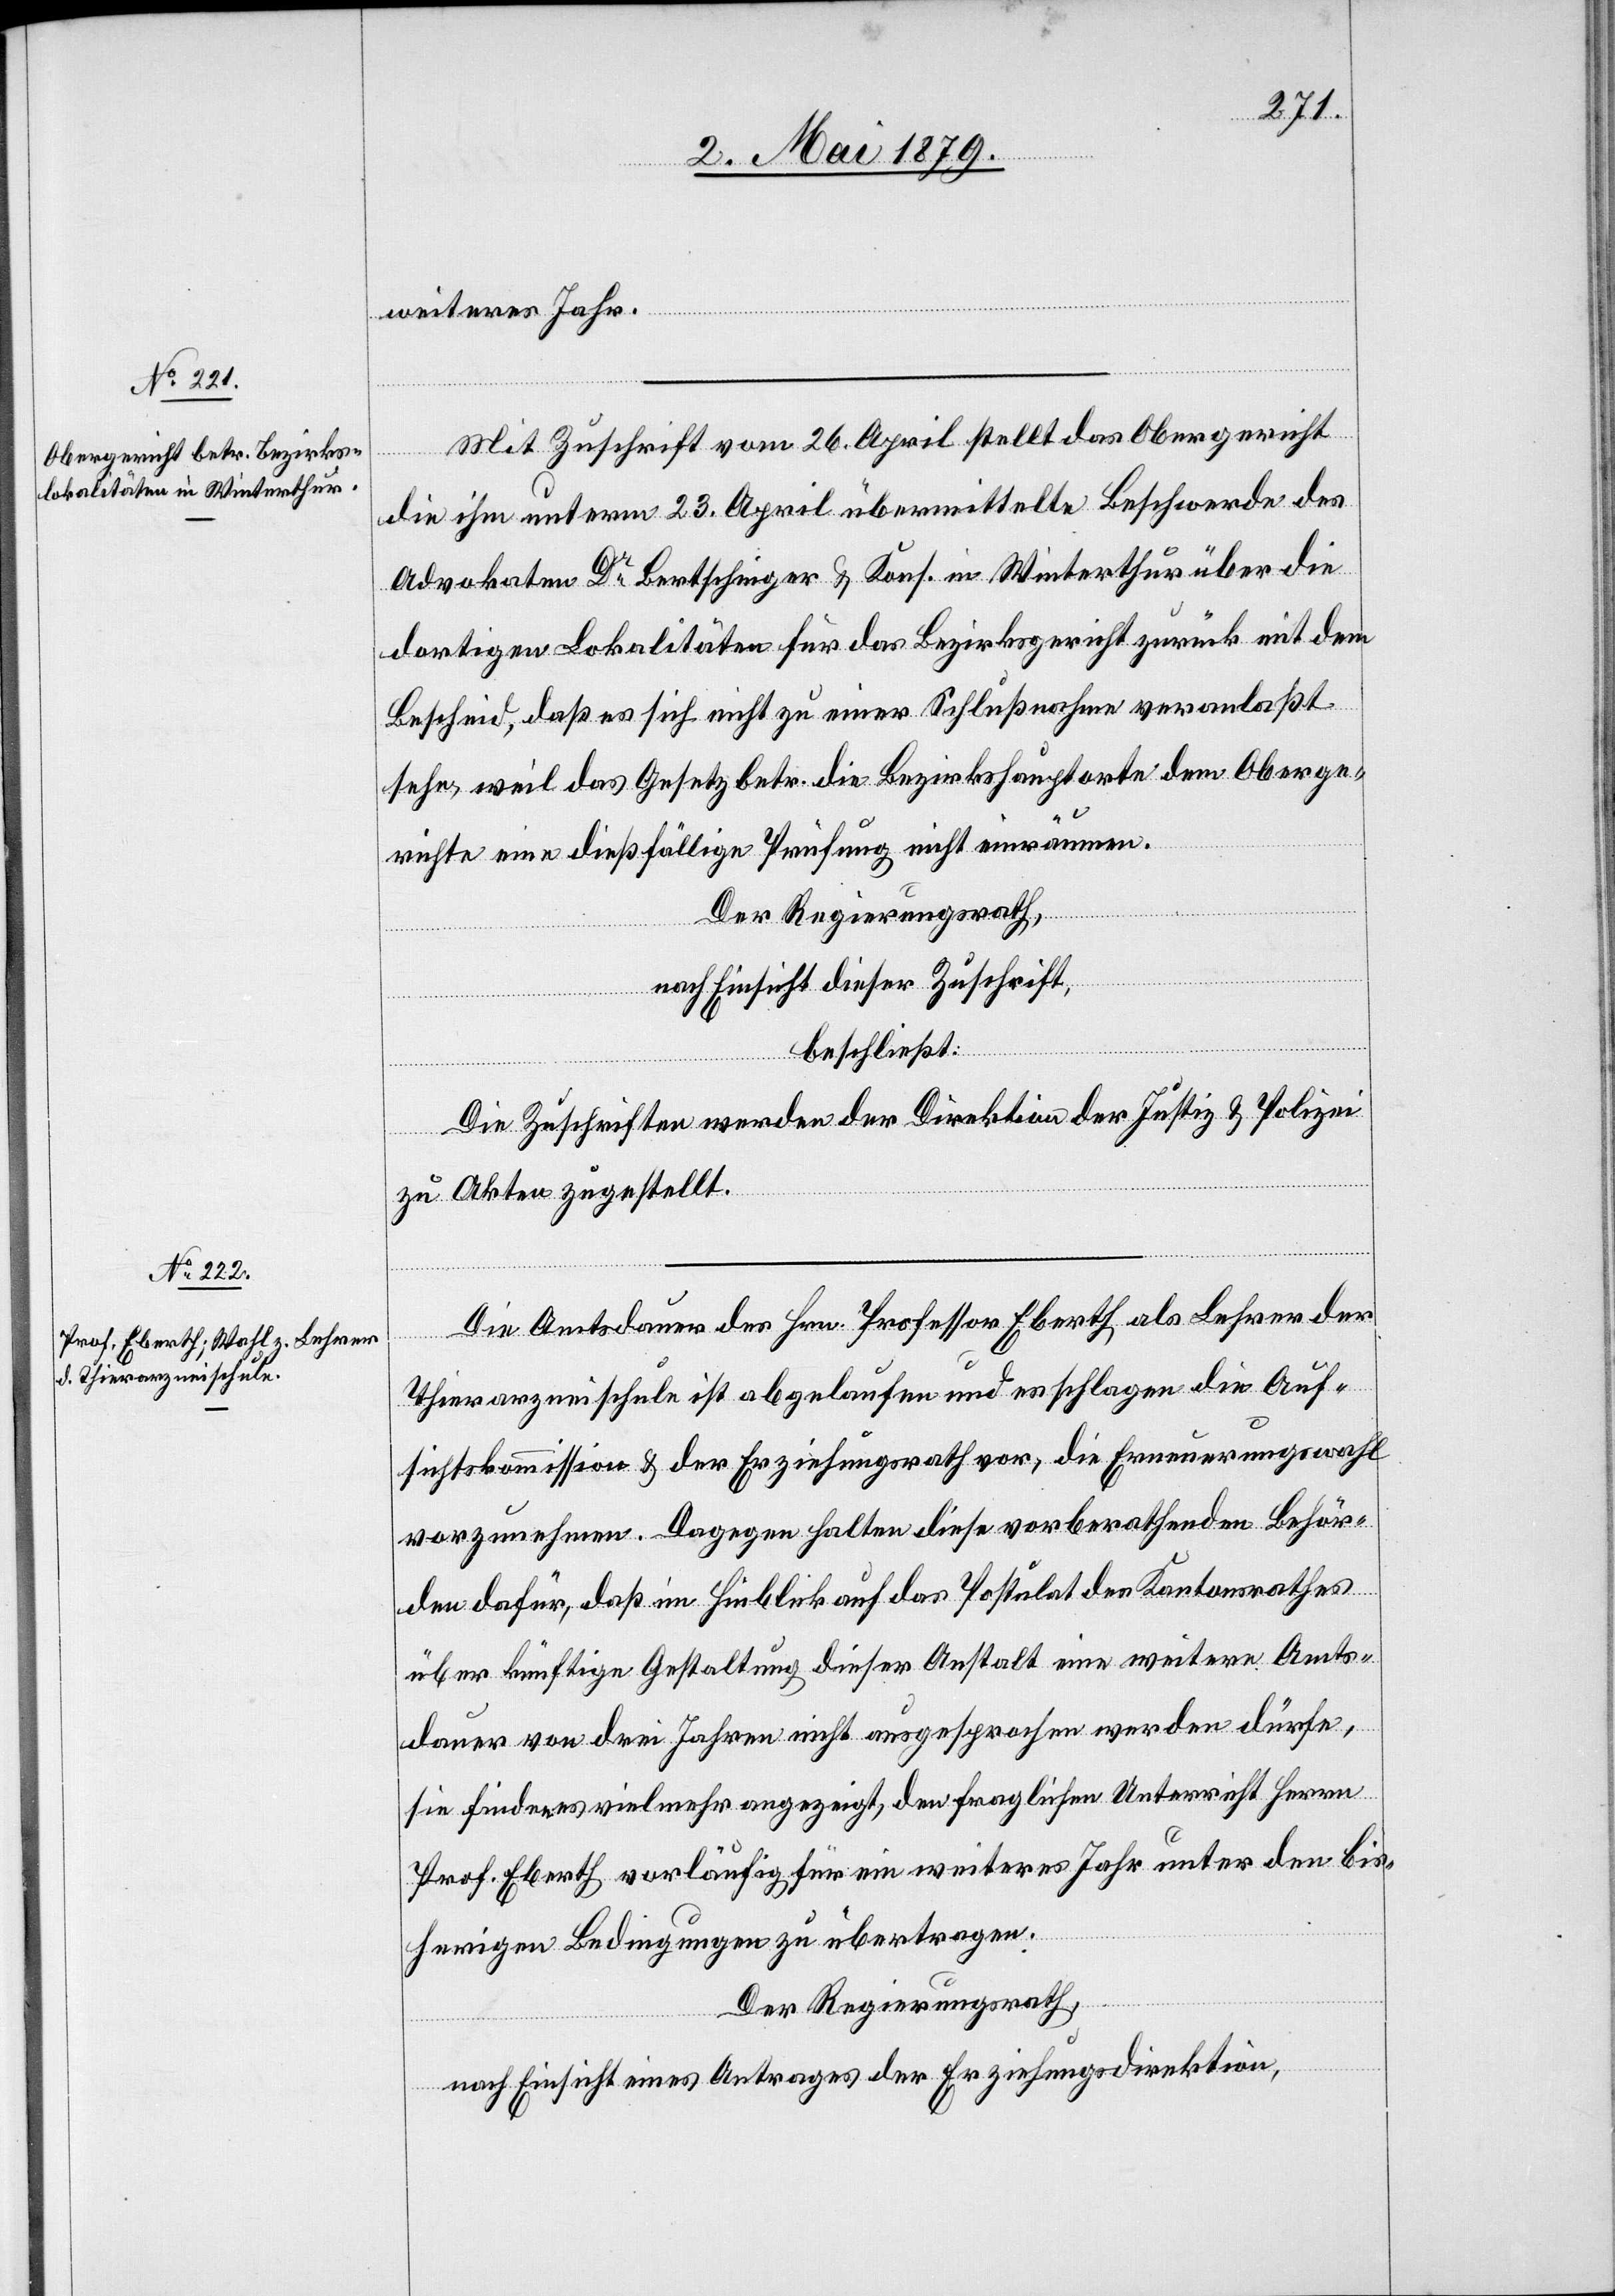
weiteres Jahr.
Mit Zuschrift vom 26. April stellt das Obergericht
die ihm unterm 23. April übermittelte Beschwerde des
Advokaten Dr Bertschinger & Kons. in Winterthur über die
dortigen Lokalitäten für das Bezirksgericht zurück mit dem
Bescheid, daß es sich nicht zu einer Schlußnahme veranlaßt
sehe, weil das Gesetz betr. die Bezirkshauptorte dem Oberge¬
richte eine dießfällige Prüfung nicht einräumen
Der Regierungsrath,
nach Einsicht dieser Zuschrift,
beschließt:
Die Zuschriften werden der Direktion der Justiz & Polizei
zu Akten zugestellt.
Die Amtsdauer des Hrn. Professor Eberth als Lehrer der
Thierarzneischule ist abgelaufen und es schlagen die Auf¬
sichtskommission & der Erziehungsrath vor, die Erneuerungswahl
vorzunehmen. Dagegen halten diese vorberathenden Behör¬
den dafür, daß im Hinblick auf das Postulat des Kantonsrathes
über künftige Gestaltung dieser Anstalt eine weitere Amts¬
dauer von drei Jahren nicht ausgesprochen werden dürfe,
sie finden es vielmehr angezeigt, den fraglichen Unterricht Herrn
Prof. Eberth vorläufig für ein weiteres Jahr unter den bis¬
herigen Bedingungen zu übertragen.
Der Regierungsrath,
nach Einsicht eines Antrages der Erziehungsdirektion,